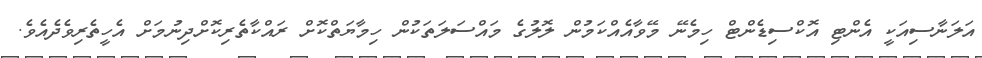
އަލަނާސިއަކީ އެންޓި އޮކްސިޑެންޓް ހިމެނޭ މޭވާއެއްކަމުން ލޮލުގެ މައްސަލަތަކުން ހިމާޔަތްކޮށް ރައްކާތެރިކޮށްދިނުމަށް އެހީތެރިވެދެއެވެ.